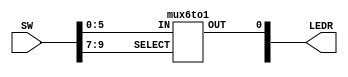
//`timescale 1ns / 1ns // `timescale time_unit/time_precision



module lab3part1(input [9:0]SW, output [1:0] LEDR );
	
	mux6to1 u1(
				.IN(SW[5:0]),
				.SELECT(SW[9:7]),
				.OUT(LEDR[0])
					);

endmodule 

module mux6to1( IN, SELECT, OUT);
		
	input [5:0] IN;
	input [2:0] SELECT;
	output reg OUT;
	
	always@(*)
		begin 
			case(SELECT[2:0])
				3'b000: OUT = IN[0];
				3'b001: OUT = IN[1];
				3'b010: OUT = IN[2];
				3'b011: OUT = IN[3];
				3'b100: OUT = IN[4];
				3'b101: OUT = IN[5];
				default: OUT = 1'b0;
			endcase
		end

endmodule


// for testing 
//module lab3part1 (input [9:0] SW, output [2:0] LEDR );
//
//	mux7To1 b1(SW[9:0], LEDR[0]);
//
//endmodule
//
//
//module mux7To1 (input [9:0] s, output reg out );
//
//	always @(*)
//		case(s[9:7])
//		3'b000: out = s[0];
//		3'b001: out = s[1];
//		3'b010: out = s[2];
//		3'b011: out = s[3];
//		3'b100: out = s[4];
//		3'b101: out = s[5];
//		3'b110: out = s[6];
//		default: out = 1;
//	endcase
//endmodule